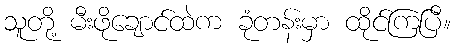
သူတို့ မီးဖိုချောင်ထဲက ခုံတန်းမှာ ထိုင်ကြပြီ။